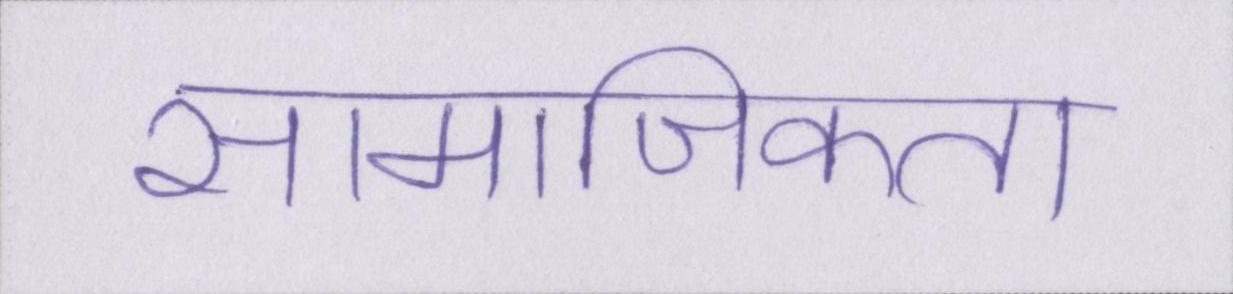
सामाजिकता